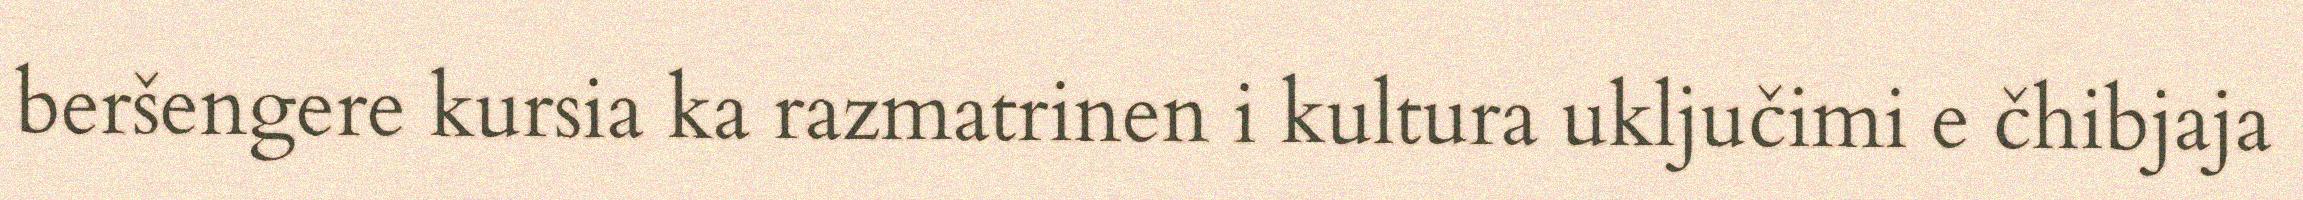
beršengere kursia ka razmatrinen i kultura uključimi e čhibjaja